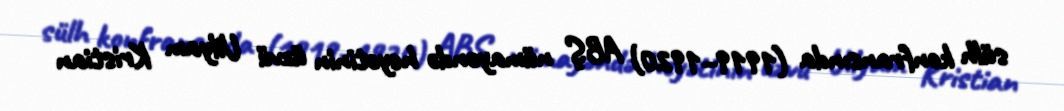
sülh konfransında (1919–1920) ABŞ nümayəndə heyətinin üzvü Uilyam Kristian